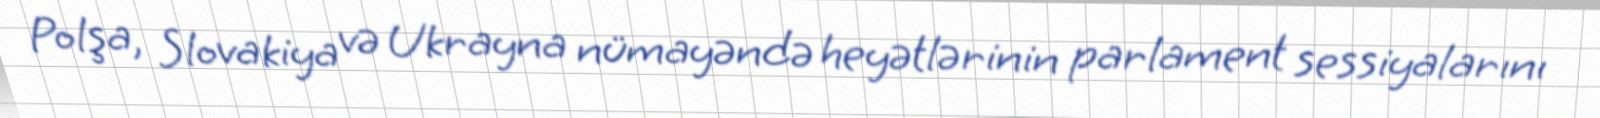
Polşa, Slovakiya və Ukrayna nümayəndə heyətlərinin parlament sessiyalarını